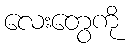
လေးတွေကို